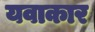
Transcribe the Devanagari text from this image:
यवाकार